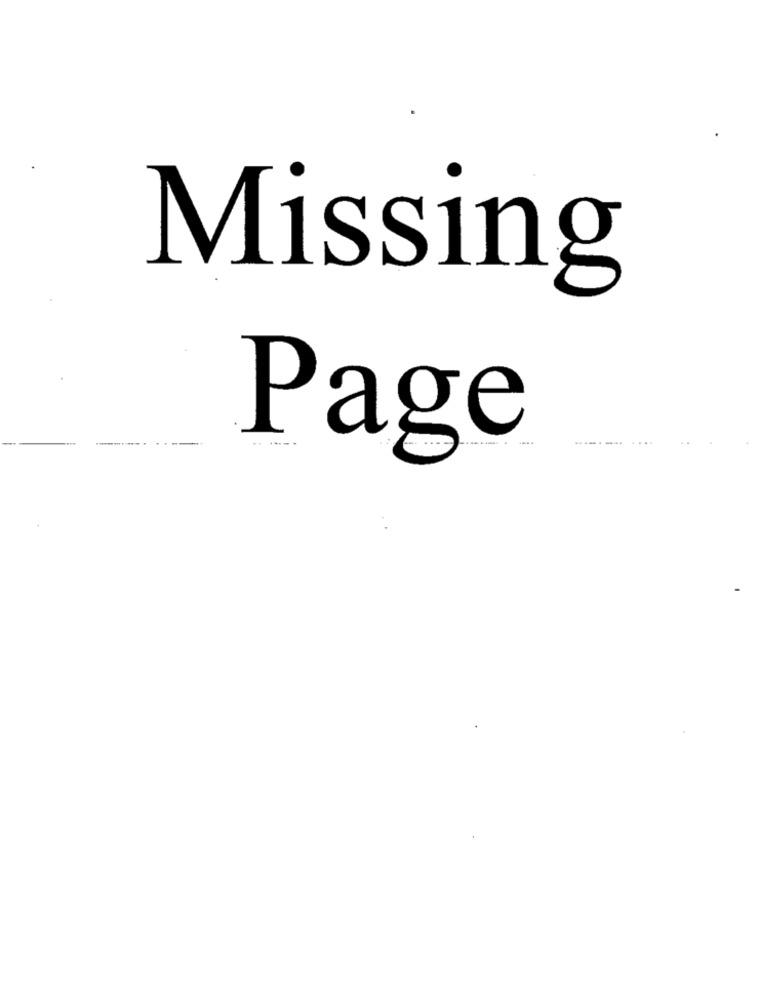
Missing
------
Page